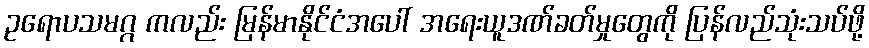
ဥရောပသမဂ္ဂ ကလည်း မြန်မာနိုင်ငံအပေါ် အရေးယူဒဏ်ခတ်မှုတွေကို ပြန်လည်သုံးသပ်ဖို့